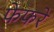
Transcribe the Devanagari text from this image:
फेफरे